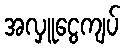
အလှူငွေကျပ်